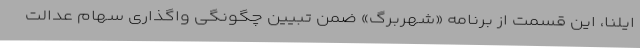
ایلنا، این قسمت از برنامه «شهربرگ» ضمن تبیین چگونگی واگذاری سهام عدالت